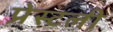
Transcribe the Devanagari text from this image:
प्रेस्टली